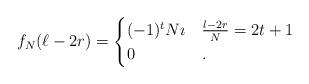
\begin{align*}f_{N}(\ell - 2r) = \begin{cases}(-1)^{t} N \imath & \frac{l - 2r}{N} = 2t+1 \\0 & . \end{cases}\end{align*}